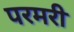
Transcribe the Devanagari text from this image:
परमरी